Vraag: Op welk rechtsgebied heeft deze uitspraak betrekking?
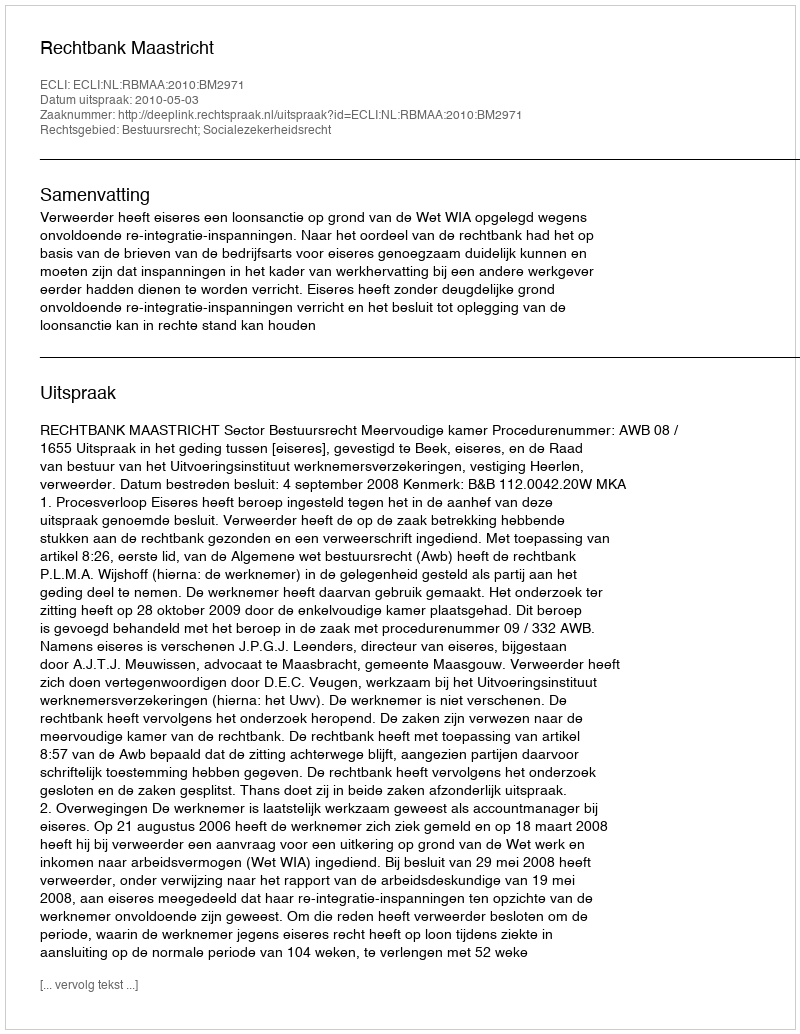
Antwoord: Bestuursrecht; Socialezekerheidsrecht